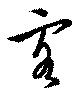
客